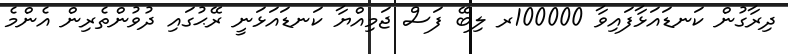
ދިރާގުން ކަނޑައަޅާފައިވާ 100000ރ ލިބޭ ފަސް ޖަމިއްޔާ ކަނޑައަޅަނީ ރޭޙުގައި ދުވުންތެރިން އެންމެ